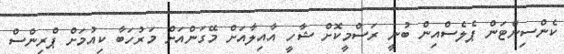
ކެންސިންޓަން ޕެލެސްއިން ބުނީ ރަސްމީކޮށް ޝާހީ އާއިލާއަށް މޭގަންއަށް މަރުހަބާ ކިއުމަށް ޕްރިންސް